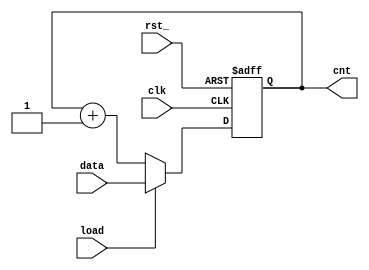
// 5-bit counter
`timescale 1ns/100ps

module counter(cnt,clk,data,rst_,load);

output [4:0] cnt;
input [4:0] data;
input clk;
input rst_;
input load;

reg [4:0] cnt;

always @(posedge clk or negedge rst_)
if(!rst_)
	cnt <=0;
else 
	if(load)
		cnt <=data;
	else
		cnt <=cnt+1;
endmodule